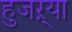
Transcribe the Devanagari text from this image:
हुजऱ्या